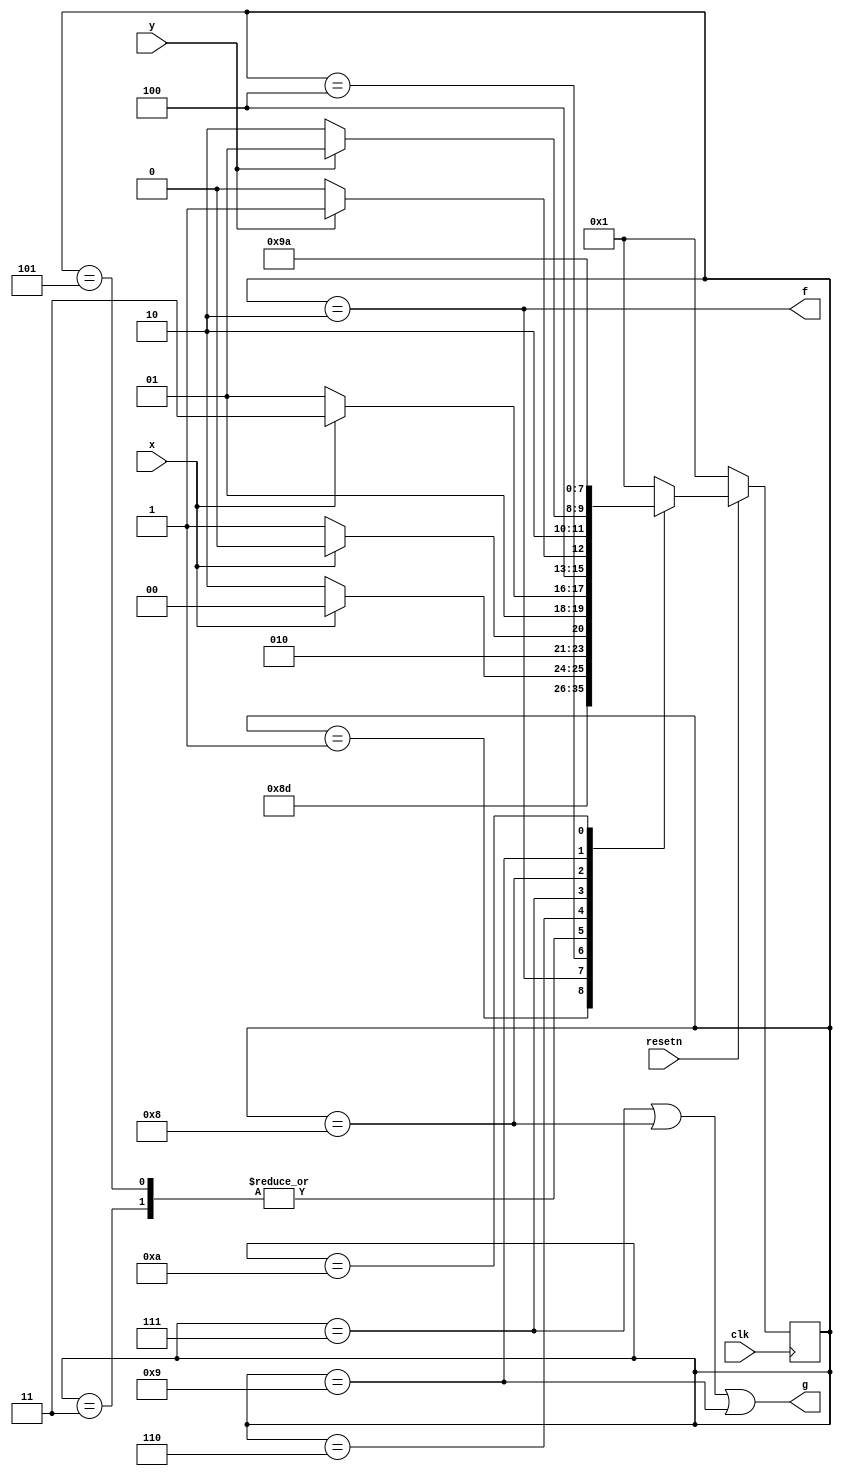
module top_module (
    input clk,
    input resetn,    // active-low synchronous reset
    input x,
    input y,
    output f,
    output g
); 
	parameter A=4'd1,B=4'd2,C=4'd3,D=4'd4,E=4'd5,F=4'd6,G=4'd7,H=4'd8,I=4'd9,J=4'd10;
    reg [3:0]state,next;
    always@(*)begin
        case(state)
            A: next=resetn?B:A;
            B: next=C;
            C: next=x?D:E;
            D: next=x?D:F;
            E: next=x?D:E;
            F: next=x?G:E;
            G: next=y?I:H;
            H: next=y?I:J;
            I: next=I;
            J: next=J;
            default: next = A;
        endcase
    end
    always@(posedge clk)begin
        if(~resetn) state<=A;
        else state<=next;
    end
    assign f = state==B;
    assign g = state==G | state==H | state==I;
endmodule